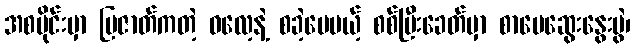
အစပိုင်းမှာ ပြဇာတ်ကတဲ့ ဓလေ့နဲ့ စခဲ့ပေမယ့် စစ်ပြီးခေတ်မှာ စာပေဆွေးနွေးပွဲ၊